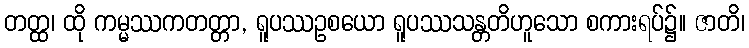
တတ္ထ၊ ထို ကမ္မဿကတတ္တာ, ရူပဿဥစယော ရူပဿသန္တတိဟူသော စကားရပ်၌။ ဇာတိ၊